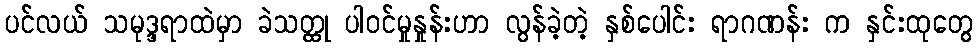
ပင်လယ် သမုဒ္ဒရာထဲမှာ ခဲသတ္ထု ပါဝင်မှုနှုန်းဟာ လွန်ခဲ့တဲ့ နှစ်ပေါင်း ရာဂဏန်း က နှင်းထုတွေ